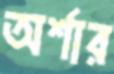
অর্শার